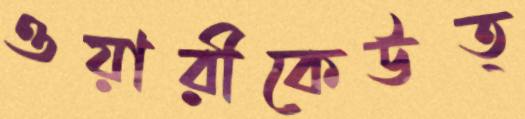
ওয়ারীকেউত্